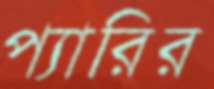
প্যারির